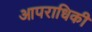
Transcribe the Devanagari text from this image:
आपराधिकी